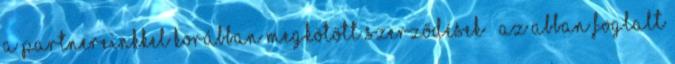
a partnereinkkel korábban megkötött szerződések – az abban foglalt